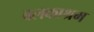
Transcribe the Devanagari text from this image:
बलकाश्रम